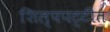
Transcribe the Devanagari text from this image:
शिल्पपट्टीत